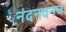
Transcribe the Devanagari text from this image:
नंदनवनच